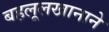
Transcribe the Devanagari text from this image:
बहलूलखानाने